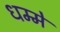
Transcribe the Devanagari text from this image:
धम्मे